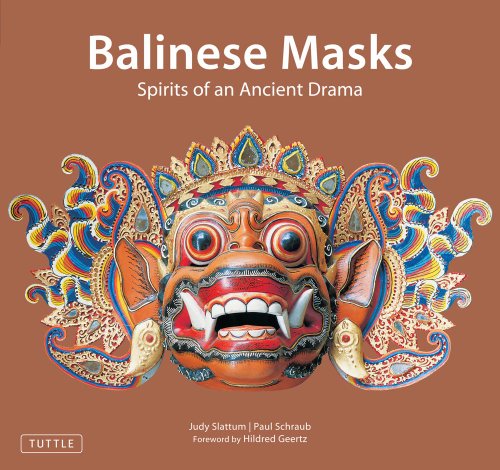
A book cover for Balinese Masks: Spirits of an Ancient Drama; Judy Slattum; Crafts, Hobbies & Home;